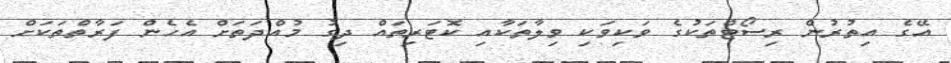
އޭގެ އިތުރުން ރިސޯޓްތަކުގެ ވަކިވަކި ވިލާތަކާއި ކޮޓަރިތައް ދިގު މުއްދަތަށް އެހެން ފަރާތްތަކަށް